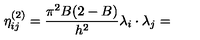
\eta _ { i j } ^ { ( 2 ) } = \frac { \pi ^ { 2 } B ( 2 - B ) } { h ^ { 2 } } \lambda _ { i } \cdot \lambda _ { j } =